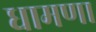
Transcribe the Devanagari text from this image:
धामणा